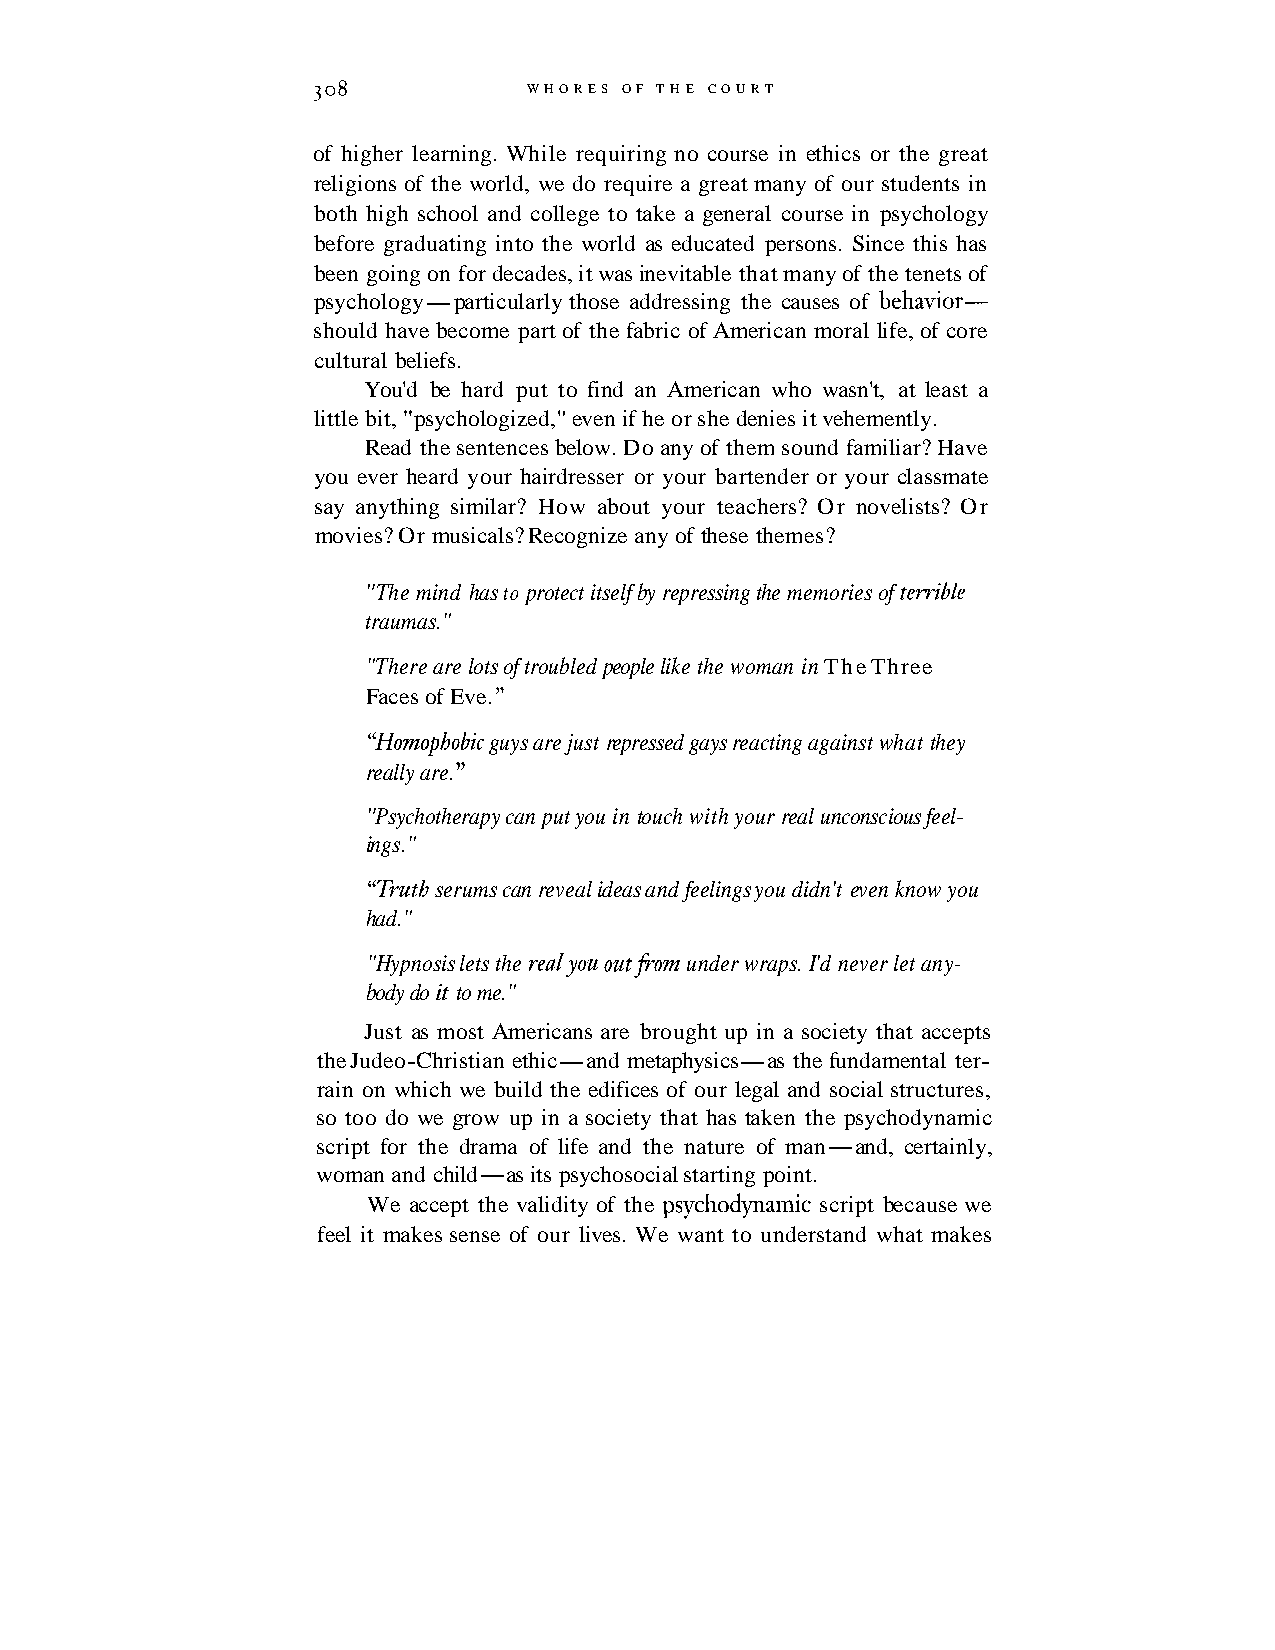
308           WHORES OF T H E COURT
 of higher learning. While requiring no course in ethics or the great
 religions of the world, we do require a great many of our students in
 both high school and college to take a general course in psychology
 before graduating into the world as educated persons. Since this has
 been going on for decades, it was inevitable that many of the tenets of
 psychology-particularly those addressing the causes of behavior-
 should have become part of the fabric of American moral life, of core
 cultural beliefs.
 You'd be hard put to find an American who wasn't, at least a
 little bit, "psychologized," even if he or she denies it vehemently.
 Read the sentences below. Do any of them sound familiar? Have
 you ever heard your hairdresser or your bartender or your classmate
 say anything similar? How about your teachers? Or novelists? Or
 movies? Or musicals? Recognize any of these themes?
 "The mind has to protect itself by repressing the memories of terrible
 traumas."
 "There are lots of troubled people like the woman in The Three
 Faces of Eve. "
 "Homophobic guys are just repressed gays reacting against what they
 really are. "
 "Psychotherapy can put you in touch with your real unconscious feel-
 ings."
 "Truth serums can reveal ideas and feelings you didn't even know you
 had."
 "Hypnosis lets the realyou outfiom under wraps. I'd never let any-
 body do it to me."
 Just as most Americans are brought up in a society that accepts
 the Judeo-Christian ethic-and metaphysics-as the fundamental ter-
 rain on which we build the edifices of our legal and social structures,
 so too do we grow up in a society that has taken the psychodynamic
 script for the drama of life and the nature of man-and, certainly,
 woman and child-as its psychosocial starting point.
 We accept the validity of the psychodynamic script because we
 feel it makes sense of our lives. We want to understand what makes